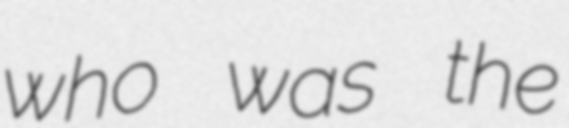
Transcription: who was the